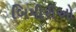
બિમીરીઓ